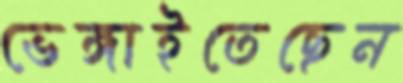
ভেঙ্গাইতেছেন